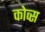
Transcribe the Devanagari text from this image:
कोव्स